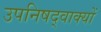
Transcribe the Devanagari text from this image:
उपनिषद्वाक्यों